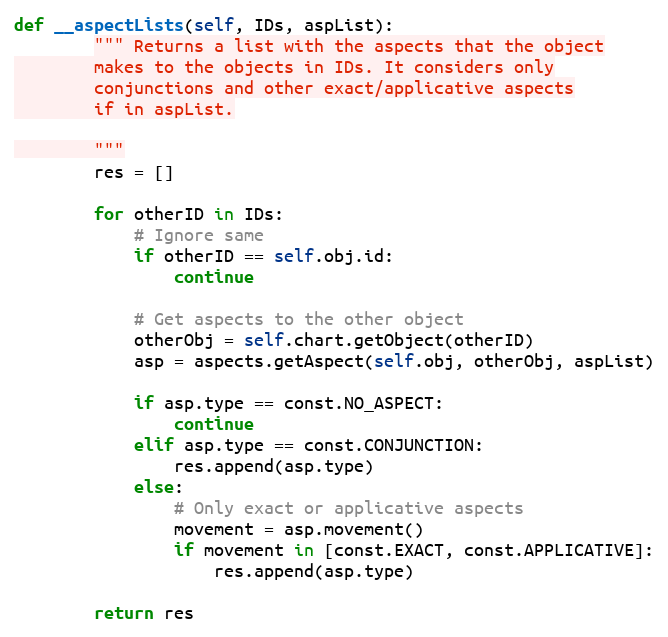
Language: Python
def __aspectLists(self, IDs, aspList):
        """ Returns a list with the aspects that the object
        makes to the objects in IDs. It considers only
        conjunctions and other exact/applicative aspects
        if in aspList.

        """
        res = []

        for otherID in IDs:
            # Ignore same
            if otherID == self.obj.id:
                continue

            # Get aspects to the other object
            otherObj = self.chart.getObject(otherID)
            asp = aspects.getAspect(self.obj, otherObj, aspList)

            if asp.type == const.NO_ASPECT:
                continue
            elif asp.type == const.CONJUNCTION:
                res.append(asp.type)
            else:
                # Only exact or applicative aspects
                movement = asp.movement()
                if movement in [const.EXACT, const.APPLICATIVE]:
                    res.append(asp.type)

        return res